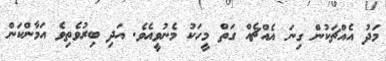
މަދު އެއްޗަކުން ގިނަ އެއްޗެއް ގަތް މީހަކު މެނުވީއެވެ. އަދި ބިރުވެތިވެ އަމާންކަން